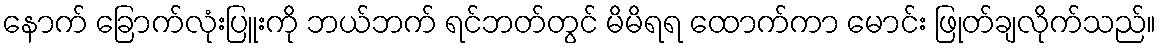
နောက် ခြောက်လုံးပြူးကို ဘယ်ဘက် ရင်ဘတ်တွင် မိမိရရ ထောက်ကာ မောင်း ဖြုတ်ချလိုက်သည်။